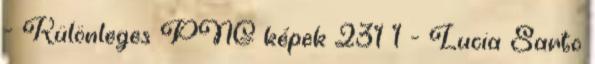
- Különleges PNG képek 231 1 - Lucia Sarto